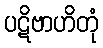
ပဋိဗာဟိတုံ